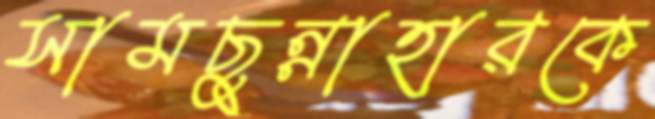
সামছুন্নাহারকে